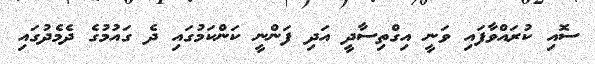
ސޮއި ކުރައްވާފައި ވަނީ އިގްތިސާދީ އަދި ފަންނީ ކަންކަމުގައި ދެ ގައުމުގެ ދެމެދުގައި